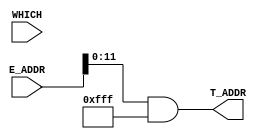
module TRANSLATE (
	input wire [31:0] E_ADDR,
	input wire WHICH,
	
	output wire [11:0] T_ADDR
	);

	reg [11:0] temp_E_ADDR;
	reg [11:0] reg_T_ADDR;
	assign T_ADDR = reg_T_ADDR;

	always @ (*) begin
		temp_E_ADDR = E_ADDR[11:0];
		if (WHICH) reg_T_ADDR = E_ADDR & 12'hFFF; //12'h3FFF
		else reg_T_ADDR = E_ADDR & 12'hFFF;
	end

endmodule